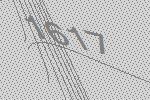
1617